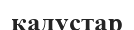
кадустар